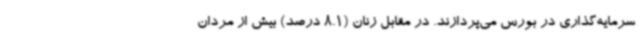
سرمایه‌گذاری در بورس می‌پردازند. در مقابل زنان (8.1 درصد) بیش از مردان